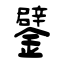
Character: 鐾